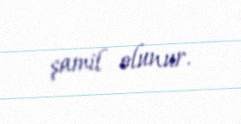
şamil olunur.